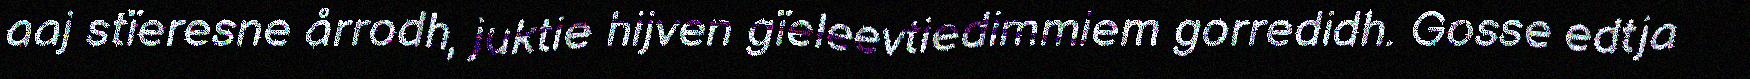
aaj stïeresne årrodh, juktie hijven gïeleevtiedimmiem gorredidh. Gosse edtja